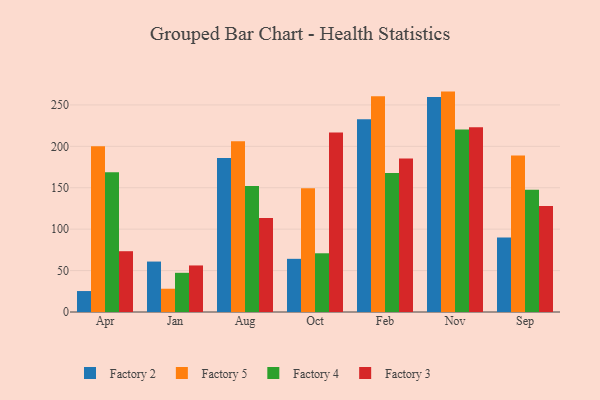
{"axis": {"x": "Month", "y": "Churn Rate (%)"}, "legend": ["Factory 2", "Factory 3", "Factory 4", "Factory 5"], "data": [{"x": "Apr", "y": 25.3, "type": "Factory 2"}, {"x": "Apr", "y": 200.1, "type": "Factory 5"}, {"x": "Apr", "y": 168.6, "type": "Factory 4"}, {"x": "Apr", "y": 73.4, "type": "Factory 3"}, {"x": "Jan", "y": 60.9, "type": "Factory 2"}, {"x": "Jan", "y": 28.1, "type": "Factory 5"}, {"x": "Jan", "y": 47.3, "type": "Factory 4"}, {"x": "Jan", "y": 56.2, "type": "Factory 3"}, {"x": "Aug", "y": 185.8, "type": "Factory 2"}, {"x": "Aug", "y": 206.2, "type": "Factory 5"}, {"x": "Aug", "y": 152.0, "type": "Factory 4"}, {"x": "Aug", "y": 113.4, "type": "Factory 3"}, {"x": "Oct", "y": 64.2, "type": "Factory 2"}, {"x": "Oct", "y": 149.5, "type": "Factory 5"}, {"x": "Oct", "y": 70.9, "type": "Factory 4"}, {"x": "Oct", "y": 216.6, "type": "Factory 3"}, {"x": "Feb", "y": 232.7, "type": "Factory 2"}, {"x": "Feb", "y": 260.5, "type": "Factory 5"}, {"x": "Feb", "y": 167.9, "type": "Factory 4"}, {"x": "Feb", "y": 185.3, "type": "Factory 3"}, {"x": "Nov", "y": 259.6, "type": "Factory 2"}, {"x": "Nov", "y": 266.1, "type": "Factory 5"}, {"x": "Nov", "y": 220.4, "type": "Factory 4"}, {"x": "Nov", "y": 223.0, "type": "Factory 3"}, {"x": "Sep", "y": 89.9, "type": "Factory 2"}, {"x": "Sep", "y": 189.1, "type": "Factory 5"}, {"x": "Sep", "y": 147.7, "type": "Factory 4"}, {"x": "Sep", "y": 128.1, "type": "Factory 3"}]}